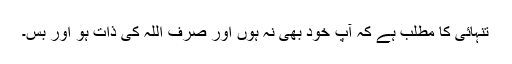
تنہائی کا مطلب ہے کہ آپ خود بھی نہ ہوں اور صرف اللہ کی ذات ہو اور بس۔